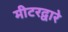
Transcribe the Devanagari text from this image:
मीटरद्वारे